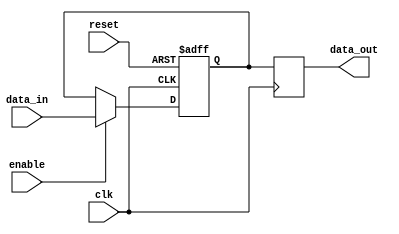
module RC_Delay(
    input wire clk,
    input wire reset,
    input wire enable,
    input wire [7:0] data_in,
    output reg [7:0] data_out
);

reg [7:0] delay_val;

always @(posedge clk or posedge reset) begin
    if (reset) begin
        delay_val <= 8'b00000000;
    end else if (enable) begin
        // Adjust delay here based on design requirements
        delay_val <= data_in;
    end
end

always @(posedge clk) begin
    // Mimic RC delay behavior
    data_out <= delay_val;
end

endmodule